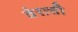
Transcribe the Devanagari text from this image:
वेरात्ती